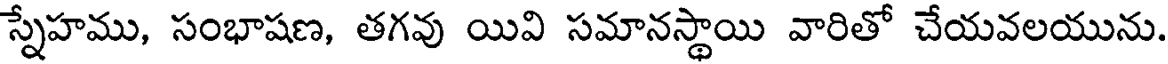
స్నేహము, సంభాషణ, తగవు యివి సమానస్థాయి వారితో చేయవలయును.